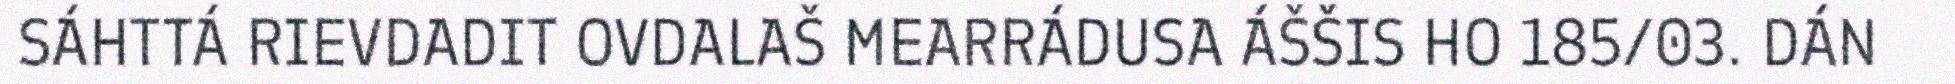
SÁHTTÁ RIEVDADIT OVDALAŠ MEARRÁDUSA ÁŠŠIS HO 185/03. DÁN